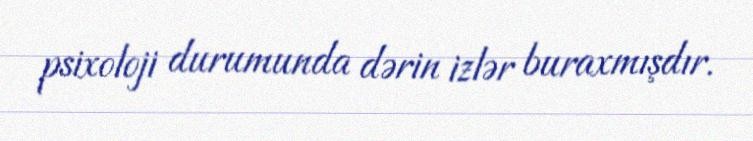
psixoloji durumunda dərin izlər buraxmışdır.